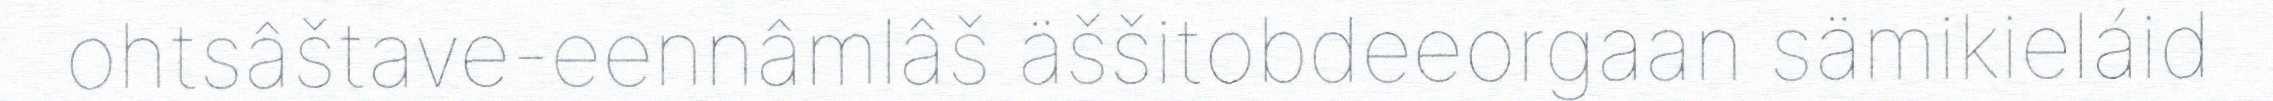
ohtsâštave-eennâmlâš äššitobdeeorgaan sämikieláid